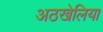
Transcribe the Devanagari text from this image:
अठखेलिया